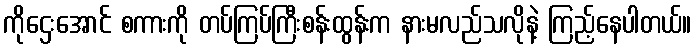
ကိုဌေးအောင် စကားကို တပ်ကြပ်ကြီးစန်းထွန်းက နားမလည်သလိုနဲ့ ကြည့်နေပါတယ်။